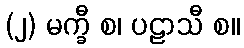
(၂) မက္ခီ စ၊ ပဠာသီ စ။